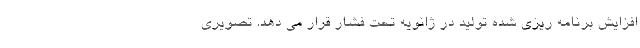
افزایش برنامه ریزی شده تولید در ژانویه تحت فشار قرار می دهد. تصویری